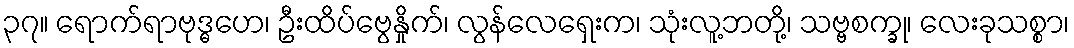
၃၇။ ရောက်ရာဗုဒ္ဓဟေ၊ ဦးထိပ်ဗွေနှိုက်၊ လွန်လေရှေးက၊ သုံးလူ့ဘတို့၊ သဗ္ဗစက္ခု၊ လေးခုသစ္စာ၊